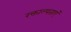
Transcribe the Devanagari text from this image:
रक्ताल्पताएं